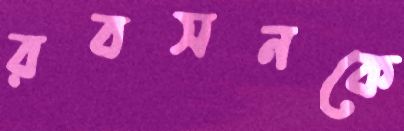
রবসনকে